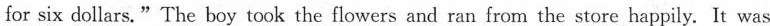
for six dollars."The boy took the flowers and ran from the store happily. It was